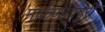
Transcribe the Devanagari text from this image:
मार्कण्डेयपुरी